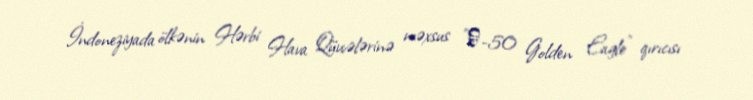
İndoneziyada ölkənin Hərbi Hava Qüvvələrinə məxsus "Т-50 Golden Eagle" qırıcısı